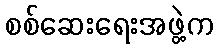
စစ်ဆေးရေးအဖွဲ့က